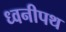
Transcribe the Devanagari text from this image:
ध्वनीपथ